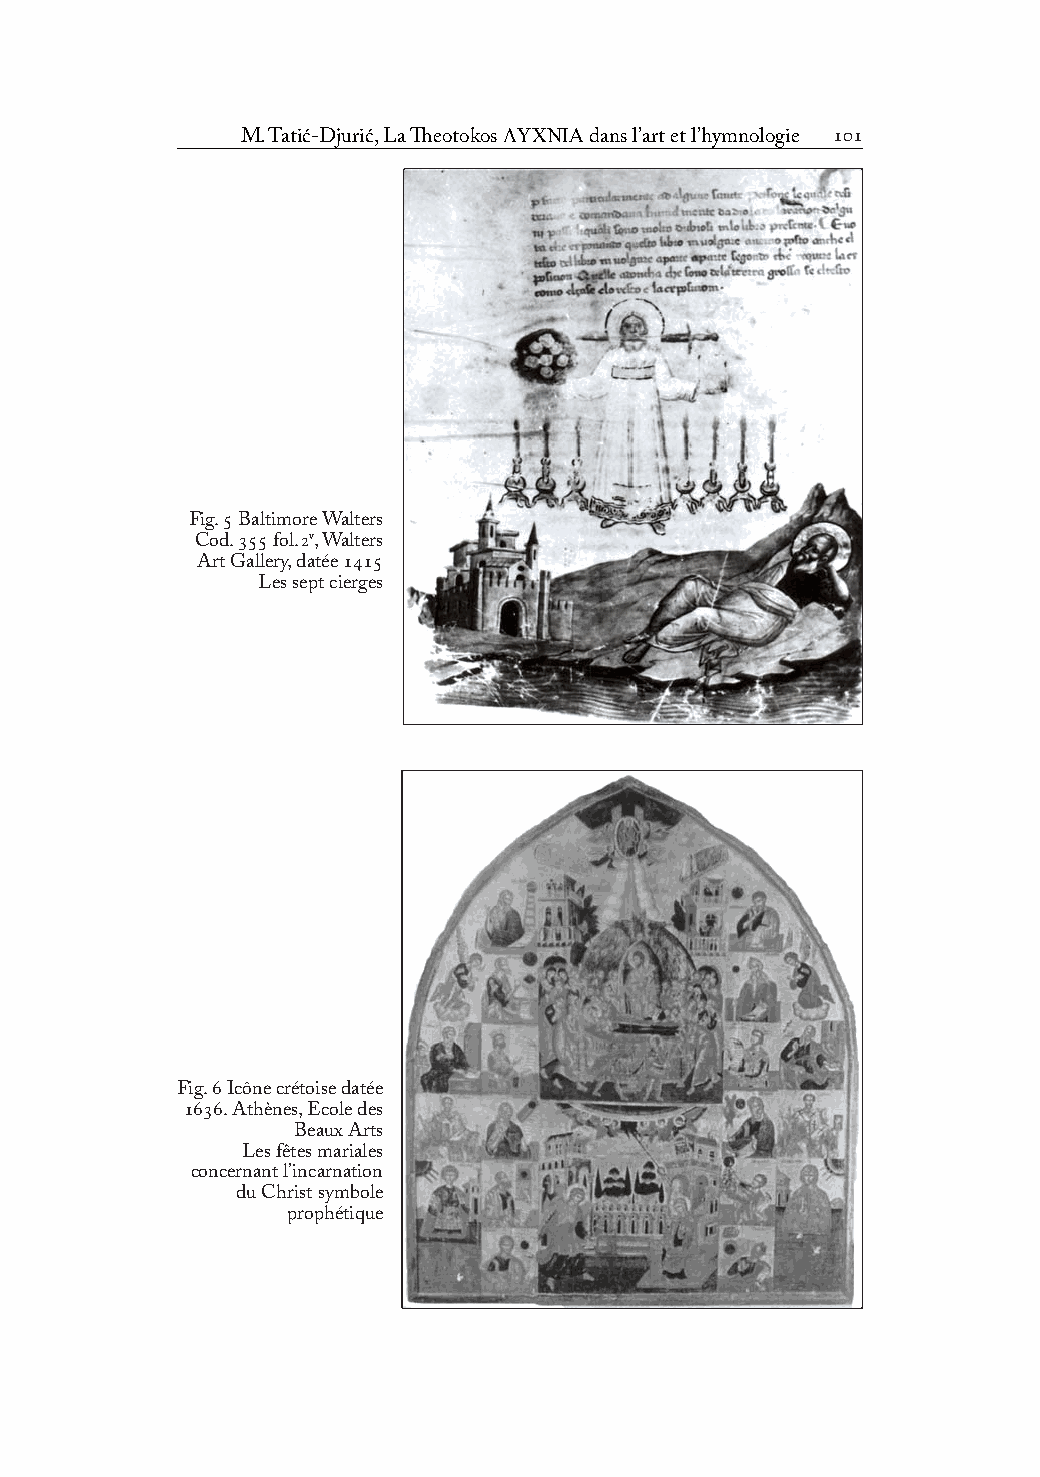
M. Tatić-Djurić, La Theotokos LYCNIA dans l’art et l’hymnologie 
 Fig.  Baltimore Walters
 Cod.  fol.v, Walters
 Art Gallery, datée 
 Les sept cierges
 Fig.  Icône crétoise datée
 . Athènes, Ecole des
 Beaux Arts
 Les fêtes mariales
 concernant l’incarnation
 du Christ symbole
 prophétique